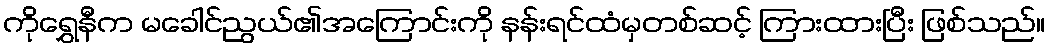
ကိုရွှေနီက မခေါင်ညွယ်၏အကြောင်းကို နန်းရင်ထံမှတစ်ဆင့် ကြားထားပြီး ဖြစ်သည်။